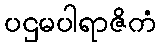
ပဌမပါရာဇိကံ